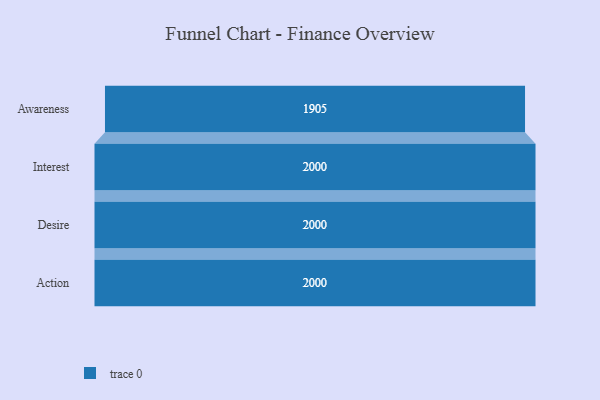
{"axis": {"x": "Stage", "y": "Value"}, "legend": [""], "data": [{"x": "Awareness", "y": 1905.0, "type": ""}, {"x": "Interest", "y": 2000, "type": ""}, {"x": "Desire", "y": 2000, "type": ""}, {"x": "Action", "y": 2000, "type": ""}]}